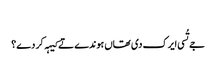
‏
جے تُسی ایرک دی تھاں ہوندے تے کیہہ کر دے؟